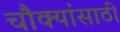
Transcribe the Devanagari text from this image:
चौक्यांसाठी